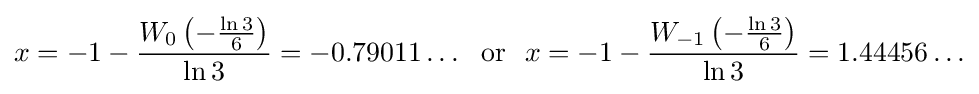
x=-1-{\frac {W_{0}\left(-{\frac {\ln 3}{6}}\right)}{\ln 3}}=-0.79011\ldots \ \ {\textrm {or}}\ \ x=-1-{\frac {W_{-1}\left(-{\frac {\ln 3}{6}}\right)}{\ln 3}}=1.44456\ldots